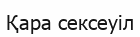
Қара сексеуіл